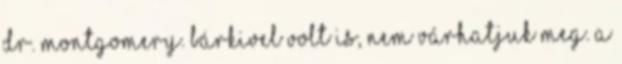
dr. Montgomery. Bárkivel volt is, nem várhatjuk meg. A